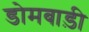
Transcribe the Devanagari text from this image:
डोमबाड़ी